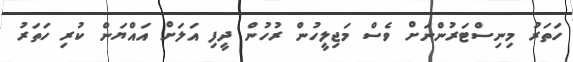
ހަތަރު މިނިސްޓަރުންނަށް ވެސް މަޖިލީހުން ރުހުން ދީފި އަލަށް އައްޔަން ކުރި ހަތަރު